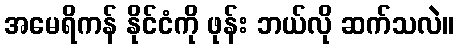
အမေရိကန် နိုင်ငံကို ဖုန်း ဘယ်လို ဆက်သလဲ။